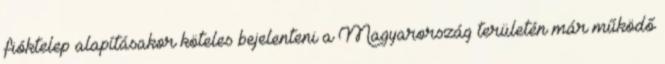
fióktelep alapításakor köteles bejelenteni a Magyarország területén már működő